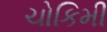
ચોકિમી